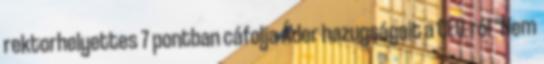
rektorhelyettes 7 pontban cáfolja Áder hazugságait a CEU-ról "Nem